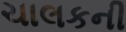
ચાલકની